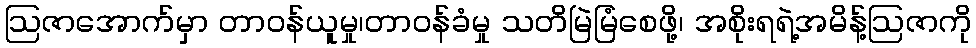
ဩဇာအောက်မှာ တာဝန်ယူမှု၊တာဝန်ခံမှု သတိမြဲမြံစေဖို့၊ အစိုးရရဲ့အမိန့်ဩဇာကို